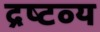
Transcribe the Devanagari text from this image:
द्रष्‍टव्‍य